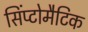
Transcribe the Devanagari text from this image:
सिंप्टोमैटिक